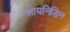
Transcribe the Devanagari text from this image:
सायनिडिन